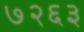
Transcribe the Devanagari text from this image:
७२६३